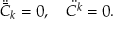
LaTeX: \ddot { { \bar { C } } _ { k } } = 0 , \quad \ddot { { C } ^ { k } } = 0 .